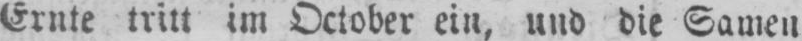
Ernte tritt im October ein, und die Samen